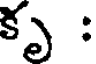
కృ :